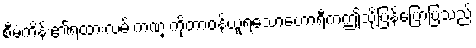
စီမံကိန်း၏ရထားလမ်းကဏ္ ကိုတာဝန်ယူရသောဟောရီကဤသို့ပြန်ပြောပြသည်